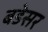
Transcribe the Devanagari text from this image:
बडेसर